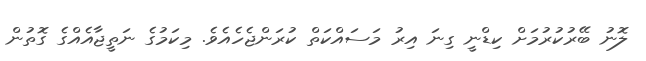
ލޮނު ބޭރުކުރުމަށް ކިޑްނީ ގިނަ އިރު މަސައްކަތް ކުރަންޖެހެއެވެ. މިކަމުގެ ނަތީޖާއެއްގެ ގޮތުން